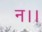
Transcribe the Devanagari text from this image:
न।।